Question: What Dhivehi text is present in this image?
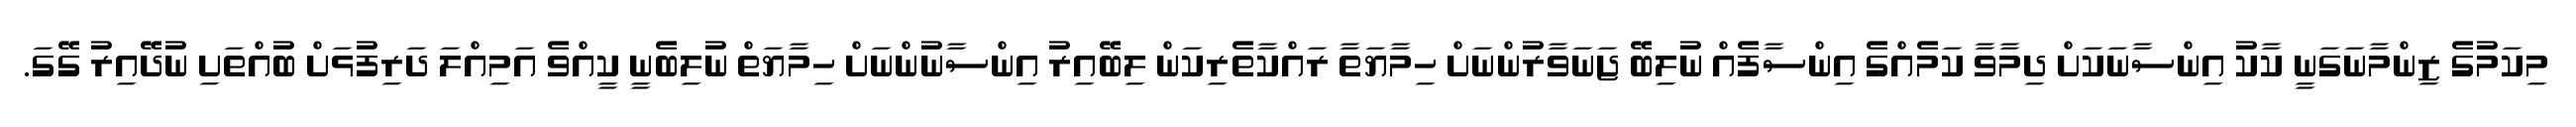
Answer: މިކަމުގެ ޒިންމާނަގަނީ ކާކު އިންސާނަކަށް ދިމާވާ ކަމެއްގެ އިންސާފެއް ނުލިބޭ ޖަނަވާރުންނަށް ހިމާޔަތާ ރައްކާތެރިކަން ލިބޭއިރު އިންސާނުންނަށް ހިމާޔަތް ނުލިބެނީ ކީއްވެ އަމިއްލަ ދަރިފުޅަށް ބުއްތަށި ނުދޭއިރު ގޭގަ.